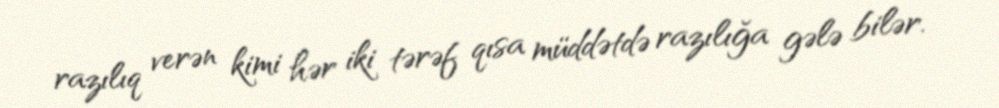
razılıq verən kimi hər iki tərəf qısa müddətdə razılığa gələ bilər.